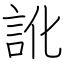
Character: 訛